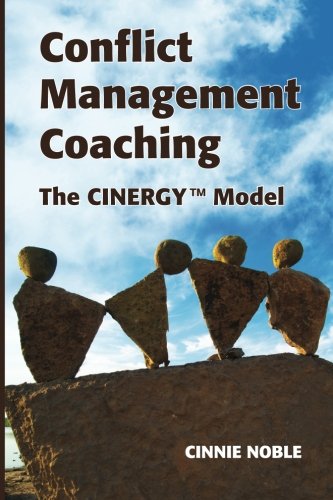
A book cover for Conflict Management Coaching: The CINERGY(TM) Model; Cinnie Noble; Law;